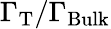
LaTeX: \Gamma_{\mathrm{T}}/\Gamma_{\mathrm{Bulk}}